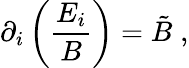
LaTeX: \partial_{i}\left(\frac{E_{i}}{B}\right)=\tilde{B}\; ,